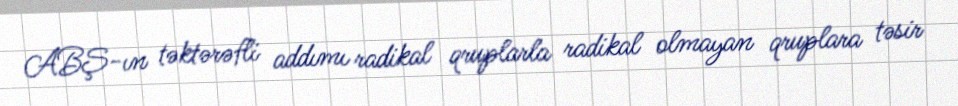
ABŞ-ın təktərəfli addımı radikal qruplarla radikal olmayan qruplara təsir